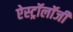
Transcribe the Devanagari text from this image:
ऐस्ट्रॉलॉजी